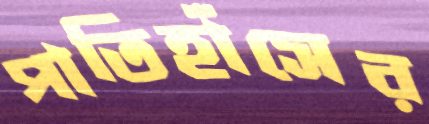
পাতিহাঁসের